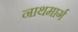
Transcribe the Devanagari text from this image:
नाथमार्ग